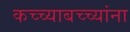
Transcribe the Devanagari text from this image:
कच्च्याबच्च्यांना